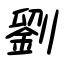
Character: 劉